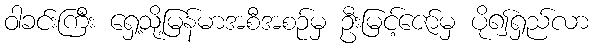
ဝါခင်းကြီး ရှေ့သို့မြန်မာအစီအစဉ်မှ ဦးမြင့်ဇော်မှ ပို၍ရှည်လာ